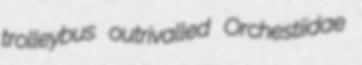
trolleybus outrivalled Orchestiidae